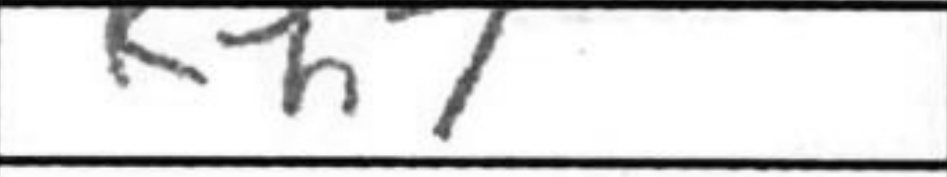
Transcription: Kh7